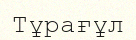
Тұрағұл